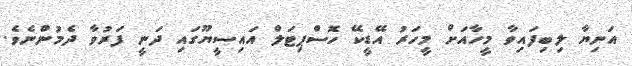
އަނިޔާ ލިބިފައިވާ މީހާއަށް މީހަރު އޭޑީކޭ ހޮސްޕިޓަލް އައިސީޔޫގައި ދަނީ ފަރުވާ ދެމުންނެވެ.